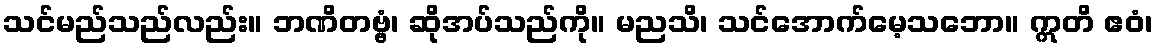
သင်မည်သည်လည်း။ ဘဏိတဗ္ဗံ၊ ဆိုအပ်သည်ကို။ မညသိ၊ သင်အောက်မေ့သဘော။ ဣတိ ဧဝံ၊